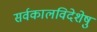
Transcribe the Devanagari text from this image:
सर्वकालविदेशेषु